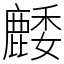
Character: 䴧